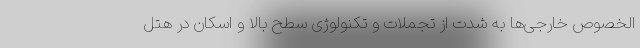
الخصوص خارجی­ها به شدت از تجملات و تکنولوژی سطح بالا و اسکان در هتل­